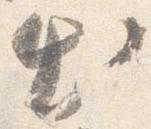
出